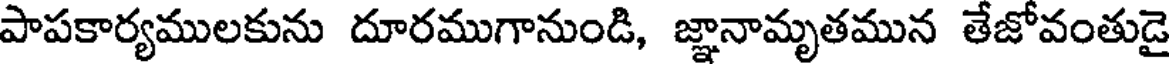
పాపకార్యములకును దూరముగానుండి, జ్ఞానామృతమున తేజోవంతుడై